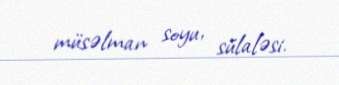
müsəlman soyu, sülaləsi.